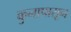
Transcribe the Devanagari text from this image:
कुनापासून